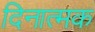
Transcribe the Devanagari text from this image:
दिनात्मक